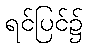
ရင်ပြင်၌